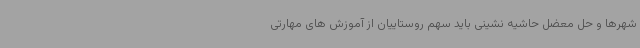
شهرها و حل معضل حاشیه نشینی باید سهم روستاییان از آموزش های مهارتی